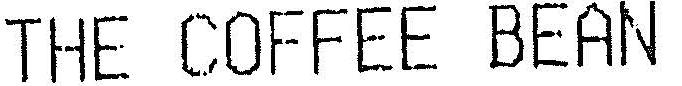
THE COFFEE BEAN